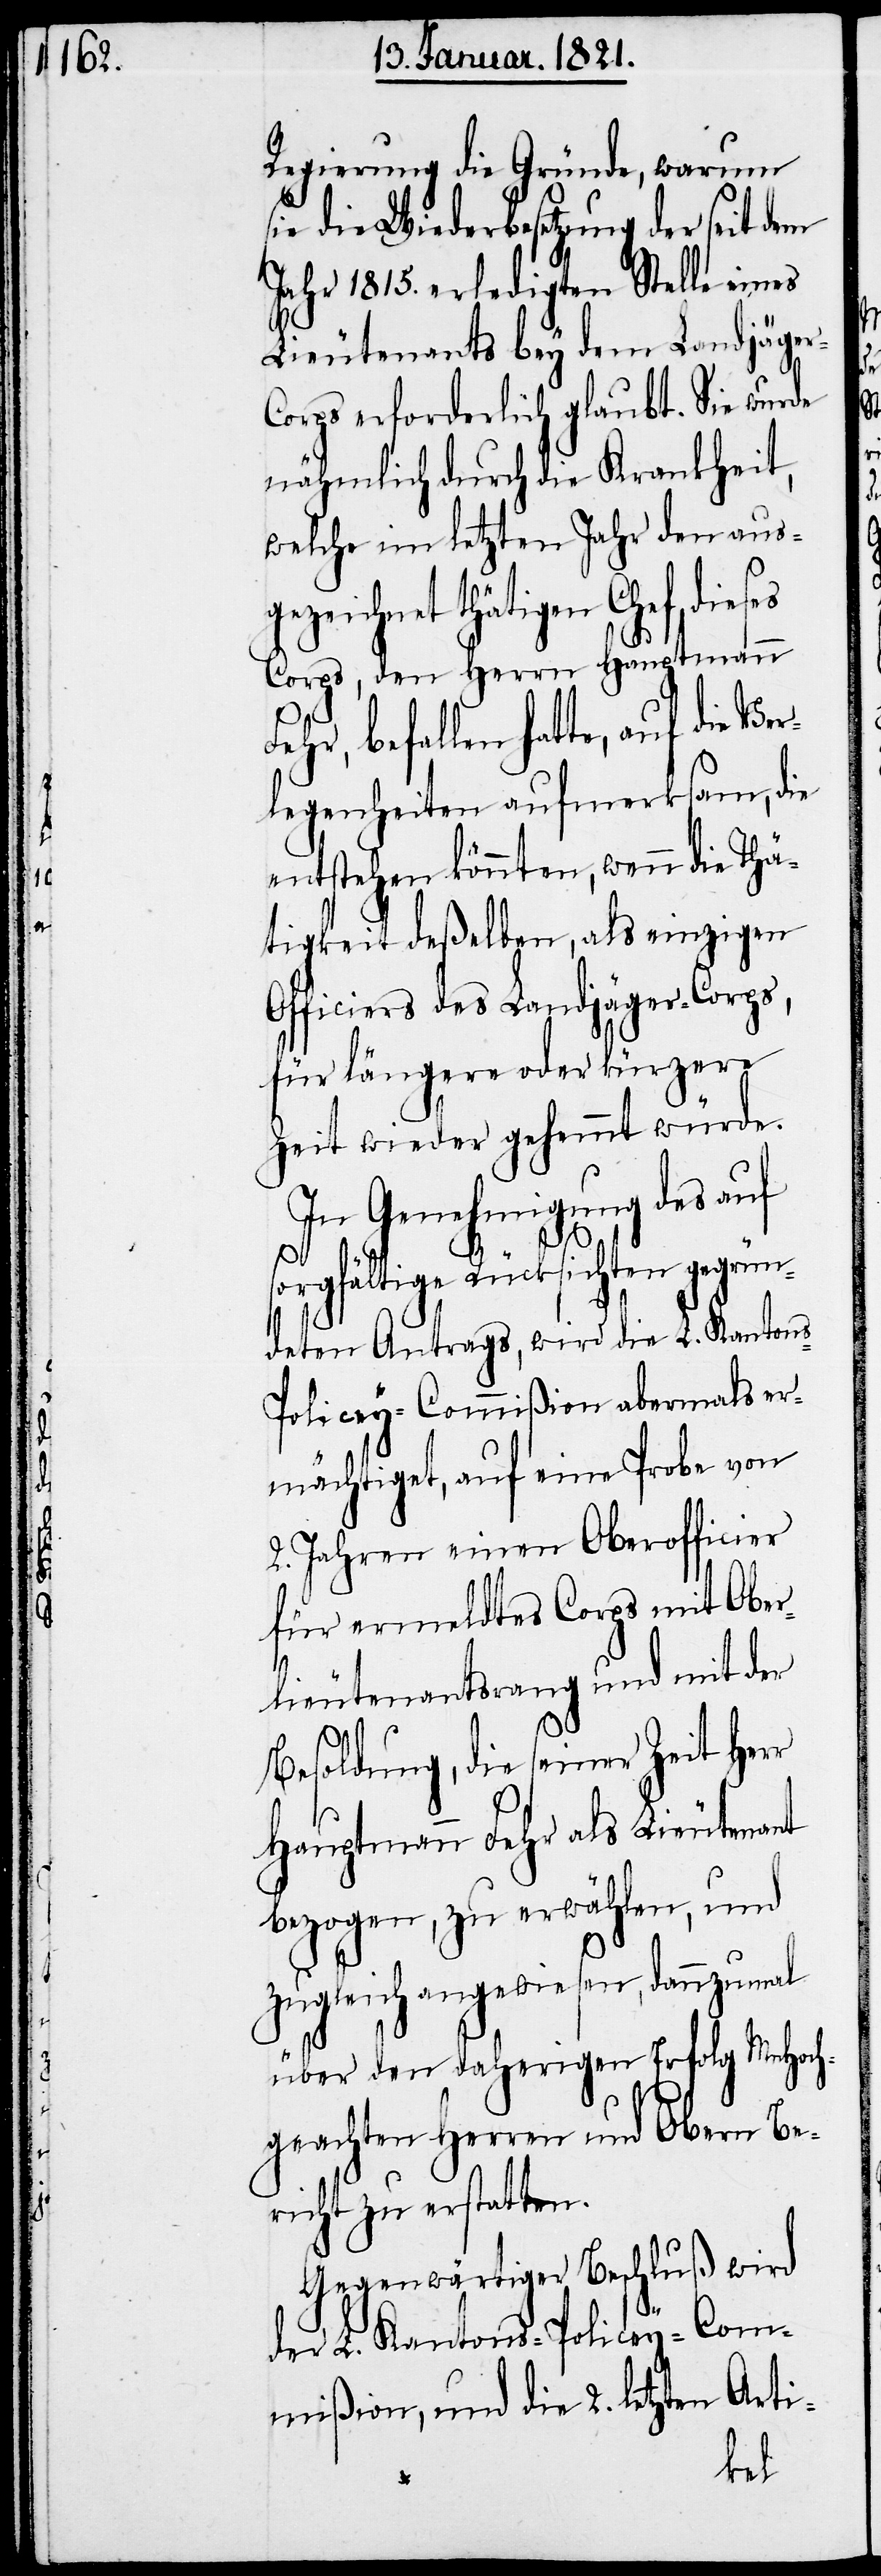
Regierung die Gründe, warum
sie die Wiederbesetzung der seit dem
Jahr 1815. erledigten Stelle eines
Lieutenants bey dem Landjäge¬
orps erforderlich glaubt. Sie wurde
nähmlich durch die Krankheit,
welche im letzten Jahr den aus¬
eichnet thätigen Chef dies¬
Corps, den Herrn Hauptmann
befallen hatte, auf die Ve¬
rlegenheiten aufmerksam, die
entstehen könnten, wenn die Thä¬
tigkeit deßelben, als einzigen
Officiers des Landjäger-Corps,
für längere oder kürzere
Zeit wieder gehemmt würde.
In Genehmigung des auf
sorgfältige Rücksichten gegrün¬
deten Antrages, wird die L. Kanton¬
s-Policey-Commißion abermals er¬
mächtiget, auf eine Probe von
2. Jahren einen Oberofficier
für ermeldtes Corps mit Ober¬
lieutenantsrang und mit der
Besoldung, die seiner Zeit Herr
Hauptmann Fehr als Lieutenant
bezogen, zu erwählen, und
zugleich angewiesen, dannzumahl
über den daherigen Erfolg MnHoch¬
geachteten Herren Obern Be¬
richt zu erstatten.
Gegenwärtiger Beschluß wird
der L. Kantons-Policey-Com¬
mißion, und die 2. letzten Arti-
gez¬
es